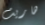
هاريت